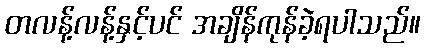
တလန့်လန့်နှင့်ပင် အချိန်ကုန်ခဲ့ရပါသည်။